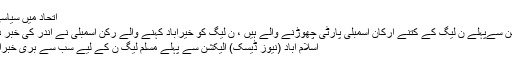
اتحاد میں سیاسی ...
الیکشن سےپہلے ن لیگ کے کتنے ارکان اسمبلی پارٹی چھوڑنے والے ہیں ، ن لیگ کو خیرآباد کہنے والے رکن اسمبلی نے اندر کی خبر دیدی
اسلام آباد (نیوز ڈیسک) الیکشن سے پہلے مسلم لیگ ن کے لیے سب سے بری خبرآگئی۔